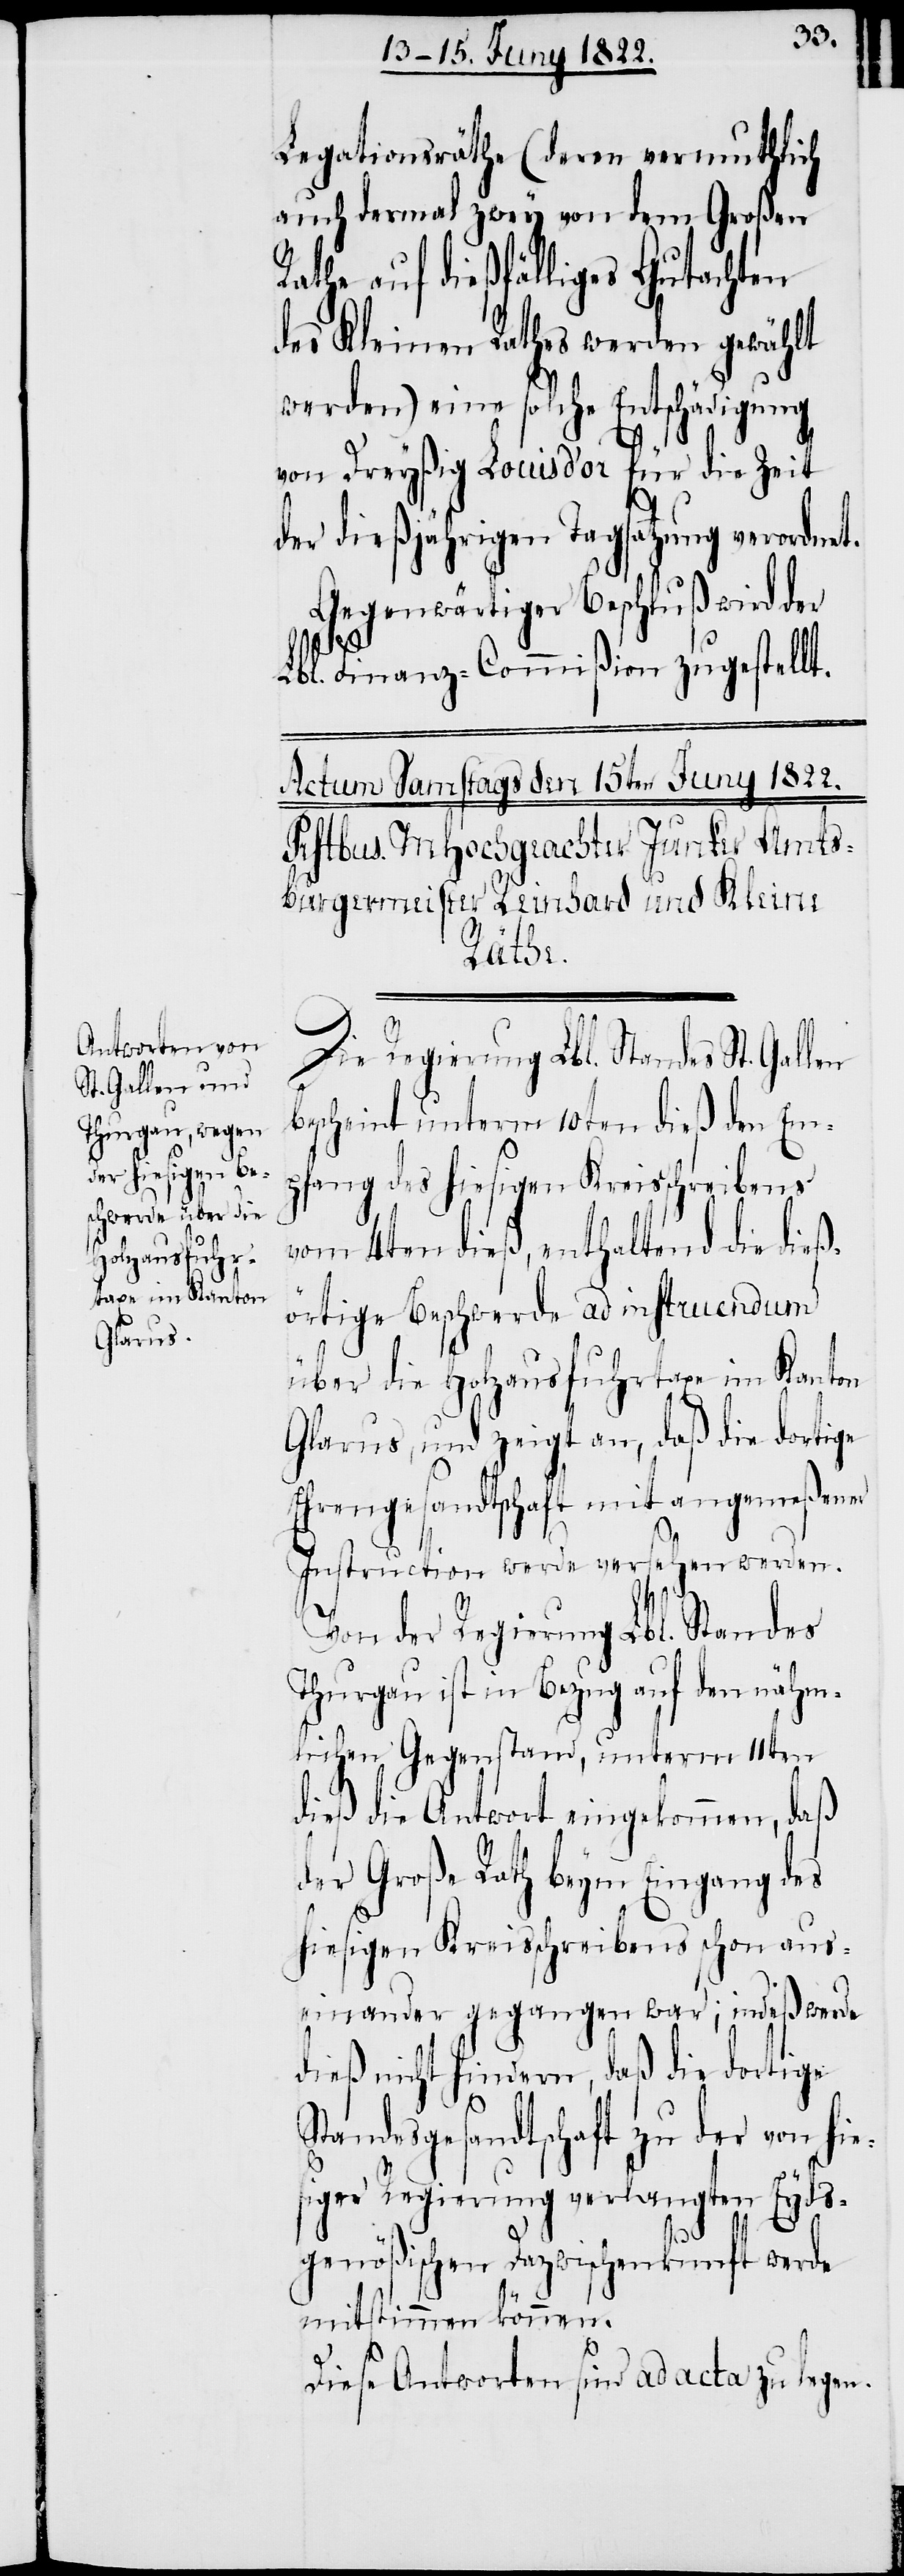
Legationsräthe (deren vermutlich
auch dermal zwey von dem Großen
Rathe auf dießfälliges Gutachten
des Kleinen Rathes werden gewählt
werden) eine solche Entschädigung
von Dreyßig Louis d’or für die Zeit
der dießjährigen Tagsatzung verordnet.
Gegenwärtiger Beschluß wird der
Lbl. Finanz-Commißion zugestellt.
b¬
Die Regierung Lbl. Standes St. Gallen
escheint unterm 10ten dieß den Em¬
pfang des hiesigen Kreisschreibens
vom 4ten dieß, enthaltend die dieß¬
örtige Beschwerde ad instruendum
über die Holzausfuhrtaxe im Kanton
Glarus, und zeigt an, daß die dortige
Ehrengesandtschaft mit angemeßener
Instruction werde versehen werden.
Von der Regierung Lbl. Standes
Thurgau ist in Bezug auf den nähm¬
lichen Gegenstand, unterm 11ten
dieß die Antwort eingekommen, daß
der Große Rath beym Eingang des
hießigen Kreisschreibens schon aus¬
einander gegangen war; indeß werde
dieß nicht hindern, daß die dortige
Standesgesandtschaft zu der von hie¬
siger Regierung verlangten Eyds¬
genößischen Dazwischenkunft werde
mitstimmen können.
Diese Antworten sind ad acta zu legen.